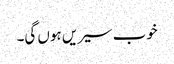
خوب سیریں ہوں گی۔